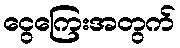
ငွေကြေးအတွက်